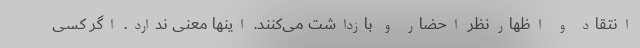
انتقاد و اظهارنظر احضار و بازداشت می‌کنند. اینها معنی ندارد. اگر کسی